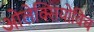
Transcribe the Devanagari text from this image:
ओलेक्सियोविच